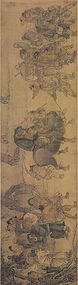
半烟半雨溪桥畔，渔翁醉着无人唤。